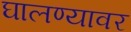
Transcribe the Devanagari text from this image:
घालण्यावर